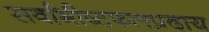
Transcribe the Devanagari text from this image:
सर्वाभीष्टफलप्रदाय